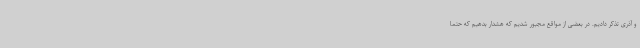
و آذری تذکر دادیم. در بعضی از مواقع مجبور شدیم که هشدار بدهیم که حتماً